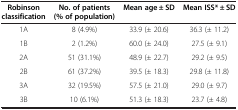
<table><thead><tr><td><b>Robinson classification</b></td><td><b>No. of patients (% of population)</b></td><td><b>Mean age ± SD</b></td><td><b>Mean ISS* ± SD</b></td></tr></thead><tbody><tr><td>1A</td><td>8 (4.9%)</td><td>33.9 (± 20.6)</td><td>36.3 (± 11.2)</td></tr><tr><td>1B</td><td>2 (1.2%)</td><td>60.0 (± 24.0)</td><td>27.5 (± 9.1)</td></tr><tr><td>2A</td><td>51 (31.1%)</td><td>48.9 (± 22.7)</td><td>29.2 (± 9.5)</td></tr><tr><td>2B</td><td>61 (37.2%)</td><td>39.5 (± 18.3)</td><td>29.8 (± 11.8)</td></tr><tr><td>3A</td><td>32 (19.5%)</td><td>57.5 (± 21.0)</td><td>29.0 (± 9.7)</td></tr><tr><td>3B</td><td>10 (6.1%)</td><td>51.3 (± 18.3)</td><td>23.7 (± 4.8)</td></tr></tbody></table>